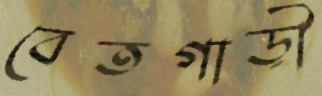
বেতগাড়ী